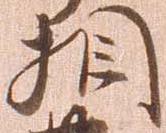
相